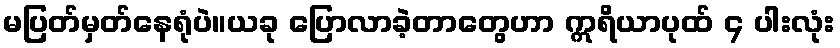
မပြတ်မှတ်နေရုံပဲ။ယခု ပြောလာခဲ့တာတွေဟာ ဣရိယာပုထ် ၄ ပါးလုံး